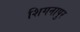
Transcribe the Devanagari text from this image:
शिगनापुर